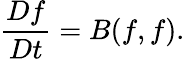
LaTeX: \frac{Df}{Dt}=B(f,f).